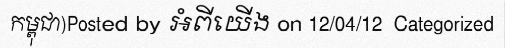
កម្ពុជា)Posted by អំពីយើង on 12/04/12  Categorized